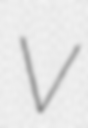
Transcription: V